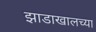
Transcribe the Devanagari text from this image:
झाडाखालच्या